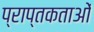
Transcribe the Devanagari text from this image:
प्राप्तकताओं